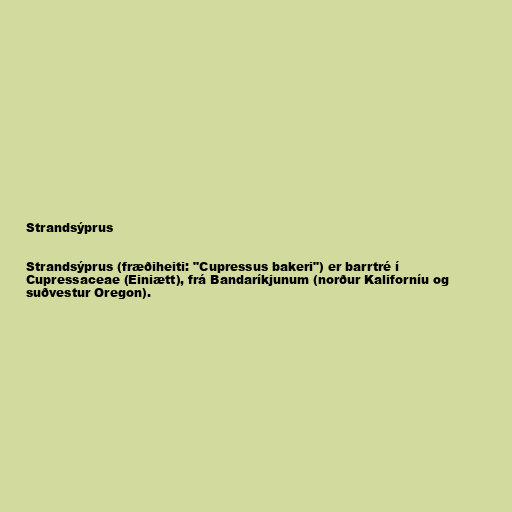
Strandsýprus

Strandsýprus (fræðiheiti: "Cupressus bakeri") er barrtré í
Cupressaceae (Einiætt), frá Bandaríkjunum (norður Kaliforníu og
suðvestur Oregon).